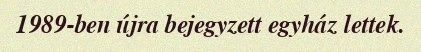
1989-ben újra bejegyzett egyház lettek.